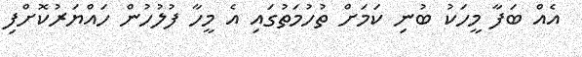
އެއް ބަފާ މީހަކު ބުނި ކަމަށް ތުހުމަތުގައި އެ މީހާ ފުލުހުން ހައްޔަރުކޮށްފި